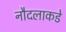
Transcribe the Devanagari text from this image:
नौदलाकडे